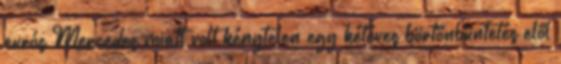
eurós Mercedes miatt volt kénytelen egy kétéves börtönbüntetés elől